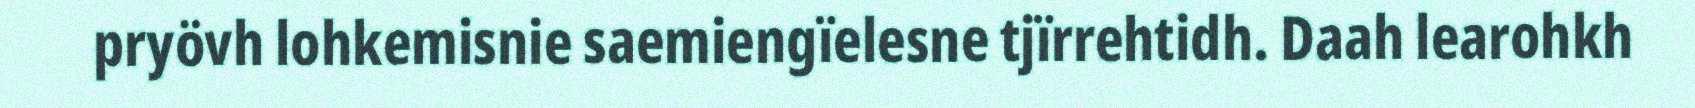
pryövh lohkemisnie saemiengïelesne tjïrrehtidh. Daah learohkh